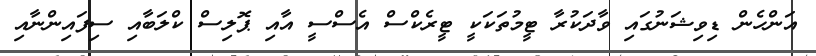
އަންހެން ޑިވިޝަނުގައި ވާދަކުރާ ޓީމުތަކަކީ ޓީރެކްސް އެސްސީ އާއި ޕޮލިސް ކްލަބާއި ސިފައިންނާއި